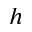
h